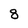
Character: 8